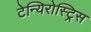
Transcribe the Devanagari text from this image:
टेन्यिरोस्ट्रिस